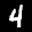
Label: 4